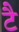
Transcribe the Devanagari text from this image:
टै